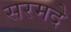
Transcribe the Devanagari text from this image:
सरमदे